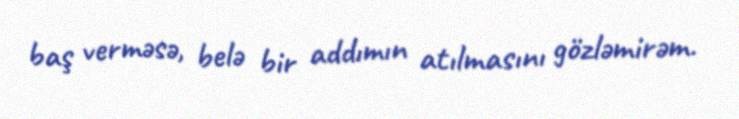
baş verməsə, belə bir addımın atılmasını gözləmirəm.